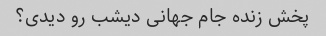
پخش زنده جام جهانی دیشب رو دیدی؟